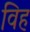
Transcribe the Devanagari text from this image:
विह